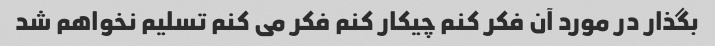
بگذار در مورد آن فکر کنم چیکار کنم فکر می کنم تسلیم نخواهم شد